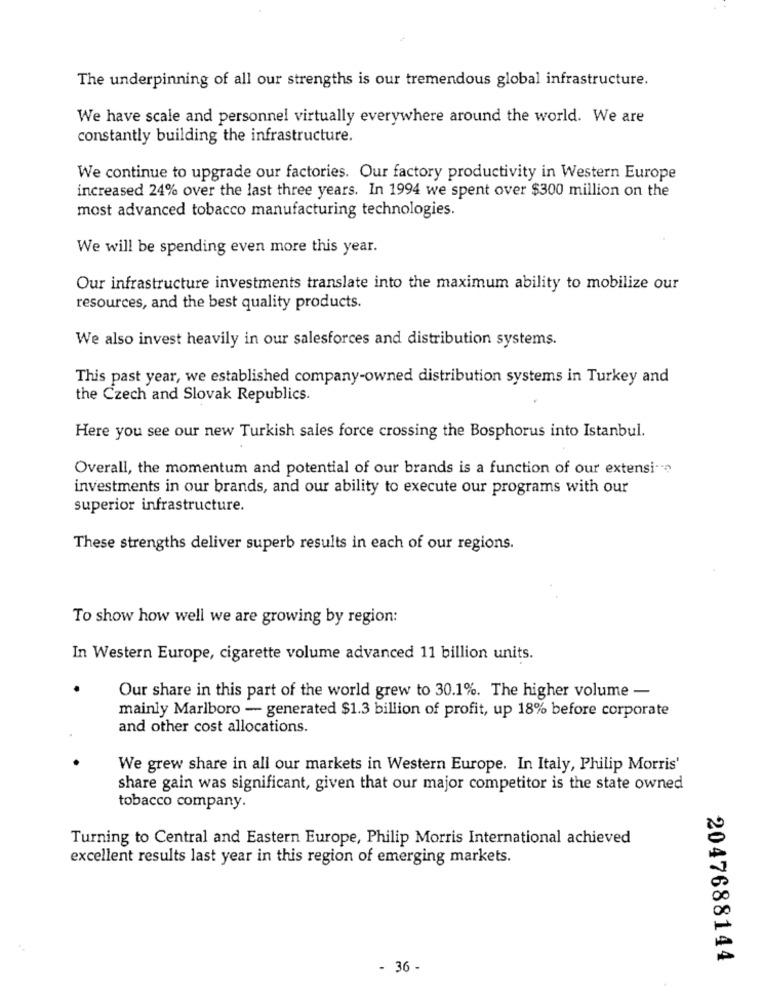
The underpinning of all our strengths is our tremendous global infrastructure.
We have scale and personnel virtually everywhere around the world. We are
constantly building the infrastructure.
We continue to upgrade our factories. Our factory productivity in Western Europe
increased 24% over the last three years. In 1994 we spent over $300 million on the
most advanced tobacco manufacturing technologies.
We will be spending even more this year.
Our infrastructure investments translate into the maximum ability to mobilize our
resources, and the best quality products.
We also invest heavily in our salesforces and distribution systems.
This past year, we established company-owned distribution systems in Turkey and
the Czech and Slovak Republics.
Here you see our new Turkish sales force crossing the Bosphorus into Istanbul.
Overall, the momentum and potential of our brands is a function of our extensi --
investments in our brands, and our ability to execute our programs with our
superior infrastructure.
These strengths deliver superb results in each of our regions.
To show how well we are growing by region:
In Western Europe, cigarette volume advanced 11 billion units.
Our share in this part of the world grew to 30.1%. The higher volume -
mainly Marlboro - generated $1.3 billion of profit, up 18% before corporate
and other cost allocations.
We grew share in all our markets in Western Europe. In Italy, Philip Morris'
share gain was significant, given that our major competitor is the state owned
tobacco company.
Turning to Central and Eastern Europe, Philip Morris International achieved
excellent results last year in this region of emerging markets.
2047688144
- 36 -